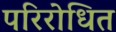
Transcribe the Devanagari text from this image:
परिरोधित